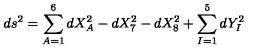
d s ^ { 2 } = \sum _ { A = 1 } ^ { 6 } d X _ { A } ^ { 2 } - d X _ { 7 } ^ { 2 } - d X _ { 8 } ^ { 2 } + \sum _ { I = 1 } ^ { 5 } d Y _ { I } ^ { 2 }